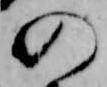
の